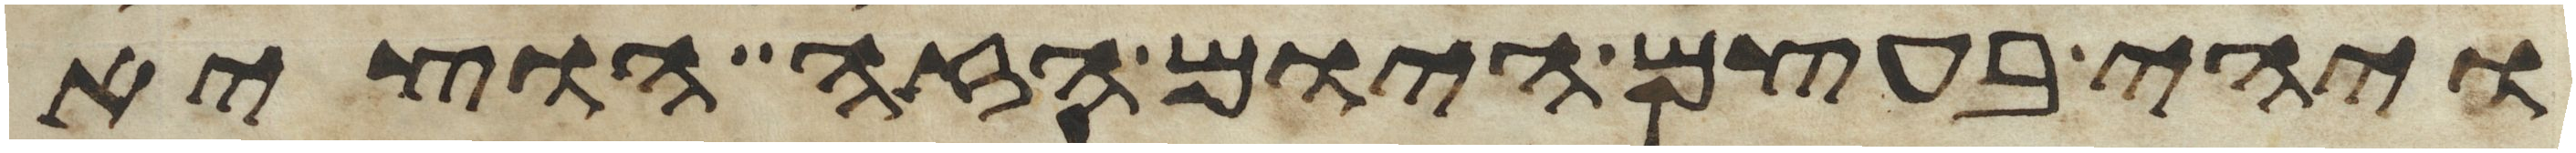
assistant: ויהי בעצם היום הזה הוציא